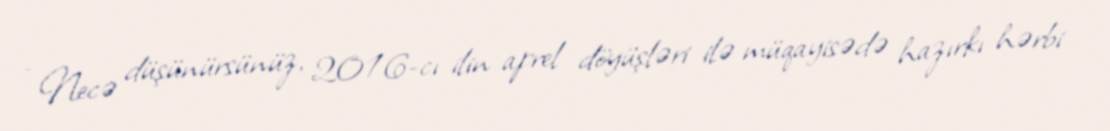
- Necə düşünürsünüz, 2016-cı ilin aprel döyüşləri ilə müqayisədə hazırkı hərbi